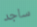
ساجد